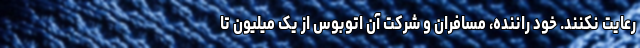
رعایت نکنند. خود راننده، مسافران و شرکت آن اتوبوس از یک میلیون تا